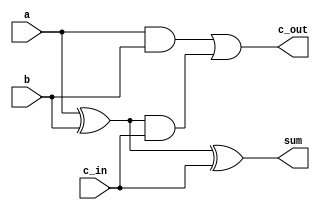
//----------------------------------------------------------------------------
module FULL_ADDER (a, b, c_in, sum, c_out);
    input wire a, b, c_in;
    output wire sum, c_out;
    wire s1, c1, c2;

    xor (s1, a, b); 
    xor (sum, s1, c_in);
    and (c1, a, b);
    and (c2, s1, c_in);
    or (c_out, c1, c2);
endmodule
//----------------------------------------------------------------------------
module FULL_ADDER_8BITS (a, b, c_in, sum, c_out);
    input wire [7:0] a, b;
    input wire c_in;
    output wire [7:0] sum;
    output wire c_out;
    wire [7:1] x;

FULL_ADDER entity_1 (a[0], b[0], c_in, sum[0], x[1]);
FULL_ADDER entity_2 (a[1], b[1], x[1], sum[1], x[2]);
FULL_ADDER entity_3 (a[2], b[2], x[2], sum[2], x[3]);
FULL_ADDER entity_4 (a[3], b[3], x[3], sum[3], x[4]);
FULL_ADDER entity_5 (a[4], b[4], x[4], sum[4], x[5]);
FULL_ADDER entity_6 (a[5], b[5], x[5], sum[5], x[6]);
FULL_ADDER entity_7 (a[6], b[6], x[6], sum[6], x[7]);
FULL_ADDER entity_8 (a[7], b[7], x[7], sum[7], c_out);
endmodule
//-----------------------------------------------------------------------------
/*
`timescale 1ns/1ps
module FULL_ADDER_8BITS_TB;
    reg [7:0] A, B;
    reg Cin;
    wire [7:0] S;
    wire Cout;  

  FULL_ADDER_8BITS uut(
    .a(A),
    .b(B),
    .c_in(Cin),
    .sum(S),
    .c_out(Cout) 
   );
 initial begin
   #5
   A = 8'd6;
   B = 8'd7;
   Cin = 0;
   #5;
   A = 8'd10;
   B = 8'd1;
   Cin = 1;
   #5;  
   A = 8'd10;
   B = 8'd6;
   Cin = 0;
   #5;
   A = 8'd12;
   B = 8'd3;
   Cin = 1;
   #5;
   A = 8'd46;
   B = -8'd13;
   Cin = 0;
   #5;
   A = -8'd46;
   B = 8'd46;
   Cin = 1;
   #5;
   A = 8'd90;
   B = -8'd50;
   Cin = 0;
   #5;  
   A = 8'd44;
   B = 8'd66;
   Cin = 1;
   #5;  
  end
endmodule 
*/
//-----------------------------------------------------------------------------
//-----------------------------------------------------------------------------
module FULL_ADDER_32BITS (a, b, c_in, sum, c_out);

    input wire [31:0] a, b;
    input wire c_in;
    output wire [31:0] sum;
    output wire c_out;
    wire [3:1] x;

FULL_ADDER_8BITS entity_9 (a[7:0], b[7:0], c_in, sum[7:0], x[1]);
FULL_ADDER_8BITS entity_10 (a[15:8], b[15:8], x[1], sum[15:8], x[2]);
FULL_ADDER_8BITS entity_11 (a[23:16], b[23:16], x[2], sum[23:16], x[3]);
FULL_ADDER_8BITS entity_12 (a[31:24], b[31:24], x[3], sum[31:24], c_out);
endmodule
//-----------------------------------------------------------------------------
/*
`timescale 10ns/ 10ps;
module FULL_ADDER_32BITS_TB;
  reg [31:0] A, B;
  reg Cin;
  wire [31:0] S;
  wire Cout;  
 //Verilog code for the structural full adder 
 FULL_ADDER_32BITS uut(
    .a(A),
    .b(B),
    .c_in(Cin),
    .sum(S),
    .c_out(Cout) 
   );
 initial begin
   A = 32'd46;
   B = 32'd47;
   Cin = 0;
   #5;
   A = 32'd110;
   B = 32'd1;
   Cin = 1;
   #5;  
   A = 32'd1100;
   B = 32'd46;
   Cin = 0;
   #5;
   A = 32'd12;
   B = 32'd3;
   Cin = 1;
   #5;
   A = 32'd46;
   B = -32'd13;
   Cin = 0;
   #5;
   A = -32'd46;
   B = 32'd46;
   Cin = 1;
   #5;
   A = 32'd90;
   B = -32'd50;
   Cin = 0;
   #5;  
   A = 32'd4646;
   B = 32'd6464;
   Cin = 1;
   #5;  
  end
endmodule
*/
//-----------------------------------------------------------------------------

module FULL_ADDER_48BITS (a, b, c_in, sum, c_out);
    input wire [47:0] a, b;
    input wire c_in;
    output wire [47:0] sum;
    output wire c_out;
    wire [5:1] x;

FULL_ADDER_8BITS entity_13 (a[7:0], b[7:0], c_in, sum[7:0], x[1]);
FULL_ADDER_8BITS entity_14 (a[15:8], b[15:8], x[1], sum[15:8], x[2]);
FULL_ADDER_8BITS entity_15 (a[23:16], b[23:16], x[2], sum[23:16], x[3]);
FULL_ADDER_8BITS entity_16 (a[31:24], b[31:24], x[3], sum[31:24], x[4]);
FULL_ADDER_8BITS entity_17 (a[39:32], b[39:32], x[4], sum[39:32], x[5]);
FULL_ADDER_8BITS entity_18 (a[47:40], b[47:40], x[5], sum[47:40], c_out);
endmodule

//-----------------------------------------------------------------------------

`timescale 10ns/ 10ps
module FULL_ADDER_TB;
    reg [31:0] a, b;    
    reg c_in;
    wire [31:0] sum;
    wire c_out;  

//Verilog code for the structural full adder 
FULL_ADDER_32BITS uut(a, b, c_in, sum, c_out);
    initial begin
        /*
        #10
        a = 4'd4;
        b = 4'd7;
        c_in = 0;
        #10
        a = 4'd10;
        b = 4'd1;
        c_in = 1;
        #10 
        a = 4'd10;
        b = 4'd4;
        c_in = 0;
        #10
        a = 4'd12;
        b = 4'd3;
        c_in = 1;
        #10
        a = 4'd4;
        b = -4'd13;
        c_in = 0;
        #10
        a = -4'd4;
        b = 4'd4;
        c_in = 1;
        #10
        a = 4'd9;
        b = -4'd5;
        c_in = 0;
        #10 
        a = 4'd6;
        b = 4'd4;
        c_in = 1;
        */
        #10
        a = 32'b00000000100000111100001110101110;
        b = 32'b00000000000001110010011110101110;
        c_in = 0;
        #10
        a = 32'b00000000110000100111011111010111;
        b = 32'b00000000101110111000111111010111;
        c_in = 1;
        #10 
        a = 32'b00000000101110101110000101001000;
        b = 32'b00000000010110011001100110011001;
        c_in = 0;
        #10
        a = 32'b00000000111111010111000010100100;
        b = 32'b00000000111111010111000010100100;
        c_in = 1;
    end
endmodule

//-----------------------------------------------------------------------------

module FULL_ADDER_24BITS (a, b, c_in, sum, c_out);
    input wire [23:0] a, b;
    input wire c_in;
    output wire [23:0] sum;
    output wire c_out;
    wire [2:1] x;

FULL_ADDER_8BITS entity_13 (a[7:0], b[7:0], c_in, sum[7:0], x[1]);
FULL_ADDER_8BITS entity_14 (a[15:8], b[15:8], x[1], sum[15:8], x[2]);
FULL_ADDER_8BITS entity_15 (a[23:16], b[23:16], x[2], sum[23:16], c_out);
endmodule
//-----------------------------------------------------------------------------
module FULL_ADDER_9BITS (a, b, c_in, sum, c_out);

    input wire [8:0] a, b;
    input wire c_in;
    output wire [8:0] sum;
    output wire c_out;
    wire x;

FULL_ADDER_8BITS entity_16 (a[7:0], b[7:0], c_in, sum[7:0], x);
FULL_ADDER entity_17 (a[8], b[8], x, sum[8], c_out);
endmodule
//-----------------------------------------------------------------------------
module FULL_ADDER_4BITS (a, b, c_in, sum, c_out);
    input wire [3:0] a, b;
    input wire c_in;
    output wire [3:0] sum;
    output wire c_out;
    wire [3:1] x;

FULL_ADDER entity_18 (a[0], b[0], c_in, sum[0], x[1]);
FULL_ADDER entity_19 (a[1], b[1], x[1], sum[1], x[2]);
FULL_ADDER entity_20 (a[2], b[2], x[2], sum[2], x[3]);
FULL_ADDER entity_21 (a[3], b[3], x[3], sum[3], c_out);
endmodule
//-----------------------------------------------------------------------------
module FULL_ADDER_64BITS (a, b, c_in, sum, c_out);

    input wire [63:0] a, b;
    input wire c_in;
    output wire [63:0] sum;
    output wire c_out;
    wire x;

FULL_ADDER_32BITS entity_22 (a[31:0], b[31:0], c_in, sum[31:0], x);
FULL_ADDER_32BITS entity_23 (a[63:32], b[63:32], x, sum[63:32], c_out);
endmodule
//-----------------------------------------------------------------------------